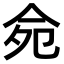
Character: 𠈢